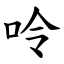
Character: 呤